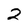
Character: 2